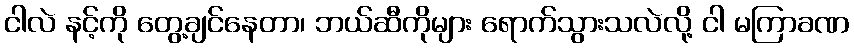
ငါလဲ နင့်ကို တွေ့ချင်နေတာ၊ ဘယ်ဆီကိုများ ရောက်သွားသလဲလို့ ငါ မကြာခဏ